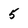
Character: 5